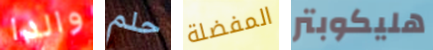
والدا حلم المفضلة هليكوبتر